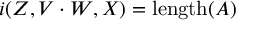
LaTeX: i ( Z , V \cdot W , X ) = \operatorname { l e n g t h } ( A )